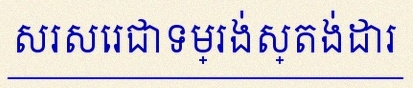
សរសេរជាទម្រង់ស្តង់ដារ